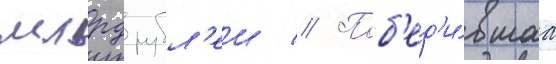
млрд рубл'еи // Поб'ед'и́вшаа